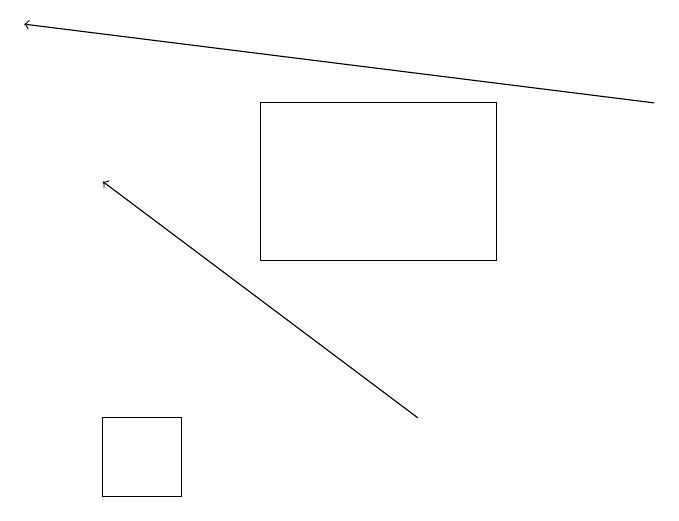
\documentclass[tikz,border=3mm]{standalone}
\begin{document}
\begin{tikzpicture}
\draw[->] (9,18) -- (1,19);
\draw[->] (6,14) -- (2,17);
\draw (3,14) rectangle (2,13);
\draw (4,18) rectangle (7,16);
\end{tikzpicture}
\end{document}